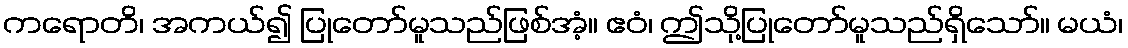
ကရောတိ၊ အကယ်၍ ပြုတော်မူသည်ဖြစ်အံ့။ ဧဝံ၊ ဤသို့ပြုတော်မူသည်ရှိသော်။ မယံ၊